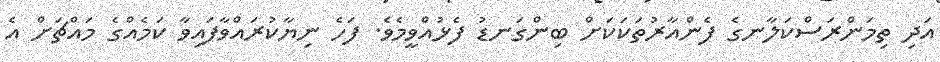
އަދި ތިމަންރަސްކަލާނގެ ފެންއާރުތަކަކަށް ބިންގަނޑު ފެޅުއްވީމެވެ. ފަހެ ނިޔާކުރައްވާފައިވާ ކަމެއްގެ މައްޗަށް އެ